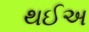
થઈઅ